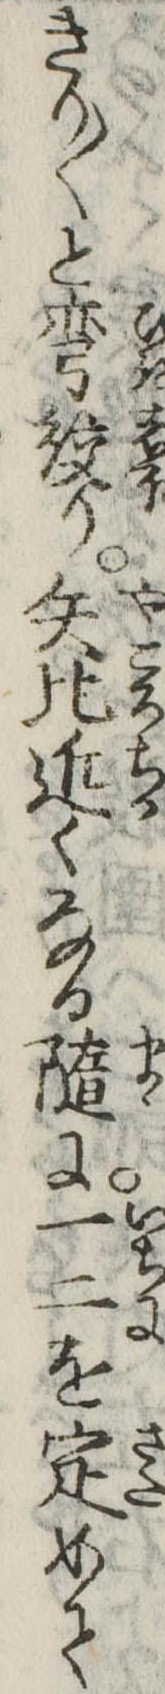
きり〱と彎絞り矢比近くなる随に一二を定めて